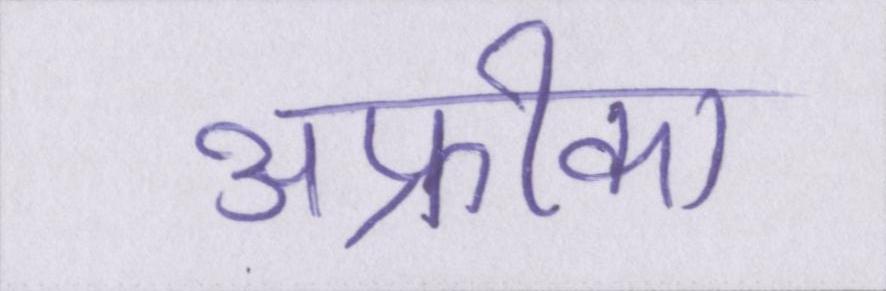
अफ्रीका